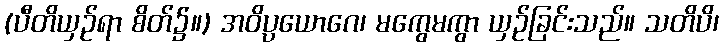
(ပီတိယှဉ်ရာ စိတ်၌။) အဝိပ္ပယောဂေ၊ မကွေမကွာ ယှဉ်ခြင်းသည်။ သတိပိ၊